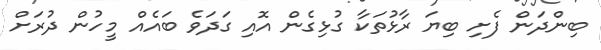
ބިންދަން ފެށި ބިޔަ ރާޅުތަކާ ގުޅިގެން އޮއި ގަދަވެ ބައެއް މީހުން ދުރަށް